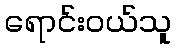
ရောင်းဝယ်သူ